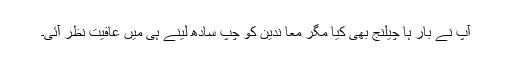
آپ نے بار ہا چیلنج بھی کیا مگر معا ندین کو چُپ سادھ لینے ہی میں عافیت نظر آئی۔